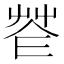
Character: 𦭫